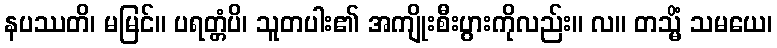
နပဿတိ၊ မမြင်။ ပရတ္တံပိ၊ သူတပါး၏ အကျိုးစီးပွားကိုလည်း။ လ။ တသ္မိံ သမယေ၊